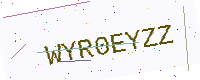
Text: WYR0EYZZ